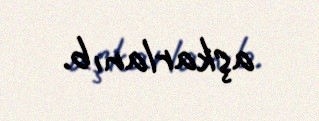
aşkarlanıb.